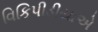
વિકિપીડીયાએ